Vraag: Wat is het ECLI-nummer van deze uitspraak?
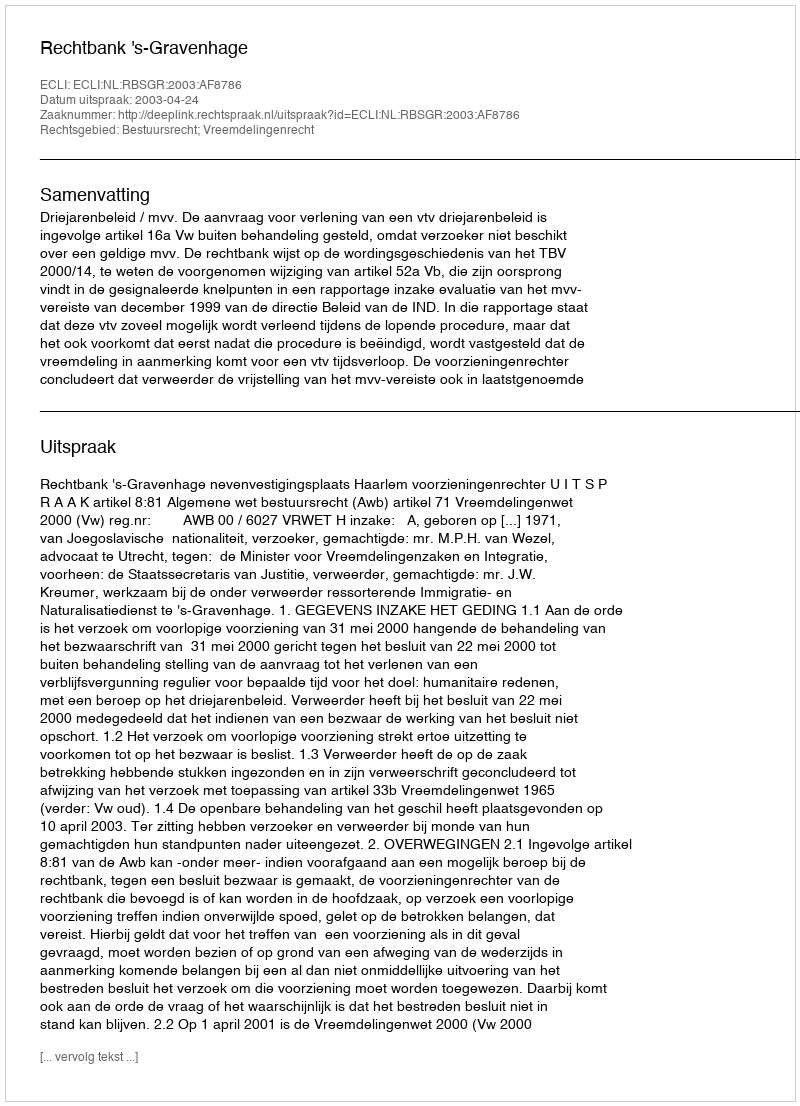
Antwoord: ECLI:NL:RBSGR:2003:AF8786